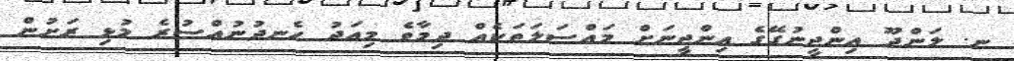
ނ. ލަންދޫ އިންޖީނުގޭގެ އިންޖީނަށް މައްސަލަތަކެއް ދިމާވެ މިއަދު ހެނދުނުއްސުރެ މުޅި ރަށުން